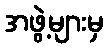
အဖွဲ့များမှ